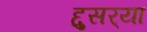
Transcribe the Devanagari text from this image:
द्दुसर्‍या